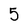
Character: 5